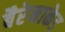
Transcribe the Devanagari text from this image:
बैरेनाकेड